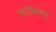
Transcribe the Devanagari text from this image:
नाट्यधारा